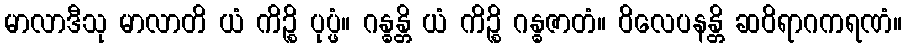
မာလာဒီသု မာလာတိ ယံ ကိဉ္စိ ပုပ္ဖံ။ ဂန္ဓန္တိ ယံ ကိဉ္စိ ဂန္ဓဇာတံ။ ဝိလေပနန္တိ ဆဝိရာဂကရဏံ။